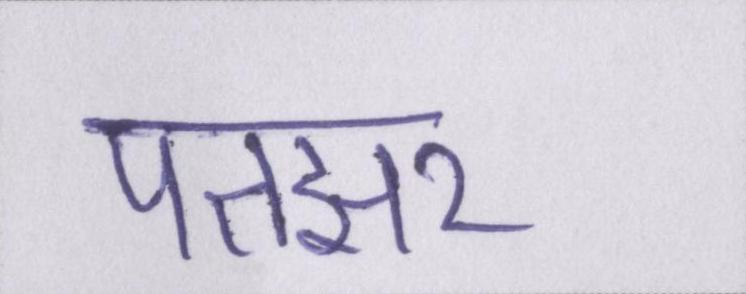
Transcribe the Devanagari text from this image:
पतझर